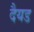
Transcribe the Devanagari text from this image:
दैयड